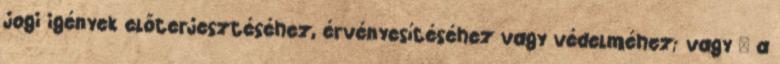
jogi igények előterjesztéséhez, érvényesítéséhez vagy védelméhez; vagy · a